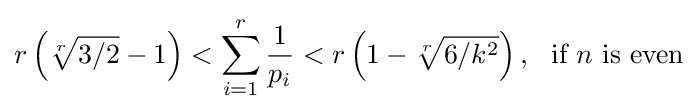
r\left({\sqrt[{r}]{3/2}}-1\right)<\sum _{i=1}^{r}{\frac {1}{p_{i}}}<r\left(1-{\sqrt[{r}]{6/k^{2}}}\right),~~{\text{if }}n{\text{ is even}}